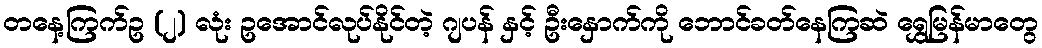
တနေ့ကြက်ဥ (၂) လုံး ဥအောင်လုပ်နိုင်တဲ့ ဂျပန် နှင့် ဦးနှောက်ကို ဘောင်ခတ်နေကြဆဲ ရွှေမြန်မာတွေ